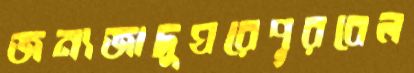
জন্যজাদুঘরেপূরবেল